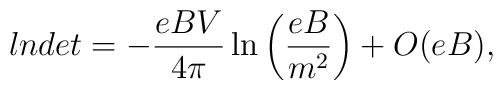
lndet = - \frac{eBV}{4\pi} \ln\left(\frac{eB}{m^2}\right) + O(eB),